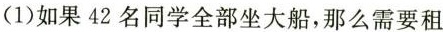
（1）如果42名同学全部坐大船，那么需要租